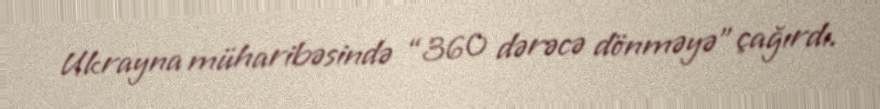
Ukrayna müharibəsində “360 dərəcə dönməyə” çağırdı.